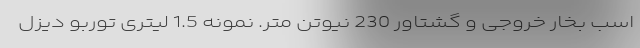
اسب بخار خروجی و گشتاور 230 نیوتن متر. نمونه 1.5 لیتری توربو دیزل